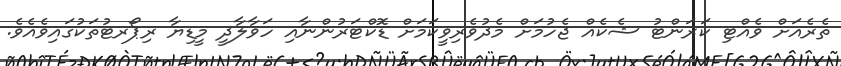
ތެރެއަށް ވެއްޓި ކަރަންޓު ޝެކެއް ޖެހުމަށް މެދުވެރިވީކަމަށް ޑޮކްޓަރުންނާއި ހަވާލާދީ މީޑިޔާ ރިޕޯރޓުތަކުގައިވެއެވެ.